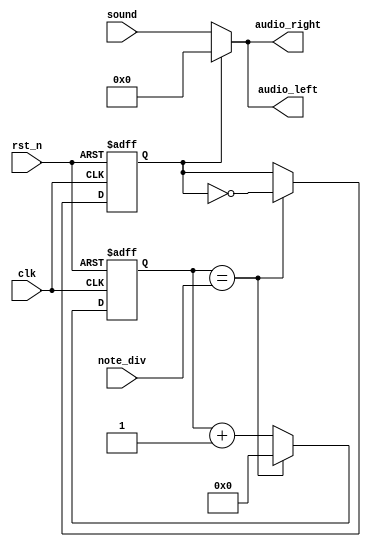
`timescale 1ns / 1ps
//////////////////////////////////////////////////////////////////////////////////
// Company: 
// Engineer: 
// 
// Design Name: 
// Module Name:    buzzer_control 
// Project Name: 
// Target Devices: 
// Tool versions: 
// Description: 
//
// Dependencies: 
//
// Revision: 
// Revision 0.01 - File Created
// Additional Comments: 
//
//////////////////////////////////////////////////////////////////////////////////
module buzzer_control(
  clk,
  rst_n,
  note_div,
  sound,
  audio_left,
  audio_right
);


input clk;
input rst_n;
input [19:0] note_div;  // 20-bit
input [15:0] sound;
output [15:0] audio_left, audio_right;

reg [15:0] audio_left, audio_right;
reg [19:0] clk_cnt, clk_cnt_tmp;
reg b_clk, b_clk_tmp;

always @*
  if (clk_cnt == note_div)
  begin
    clk_cnt_tmp = 20'b0;
    b_clk_tmp = ~b_clk;
  end
  else
  begin
    clk_cnt_tmp = clk_cnt + 1'b1;
    b_clk_tmp = b_clk;
  end

always @(posedge clk or negedge rst_n)
  if (~rst_n)
  begin
    clk_cnt <= 20'b0;
    b_clk <= 1'b0;
  end
  else
  begin
    clk_cnt <= clk_cnt_tmp;
    b_clk <= b_clk_tmp;
  end

always @*
  if (b_clk == 1'b0)
  begin
    audio_left = sound;
    audio_right = sound;
  end
  else
  begin
    audio_left = 16'h0000;
    audio_right = 16'h0000;
  end

endmodule